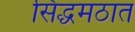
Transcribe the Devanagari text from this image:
सिद्धमठात